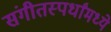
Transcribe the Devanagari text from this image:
संगीतस्पर्धांमध्ये